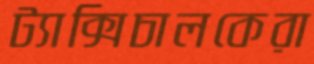
ট্যাক্সিচালকেরা